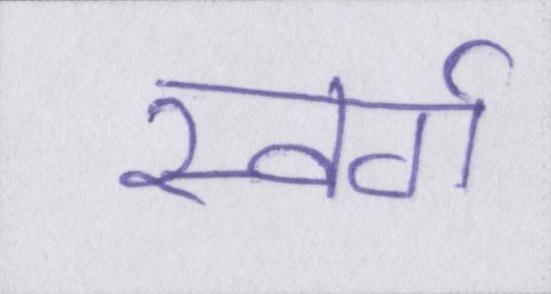
स्वर्ग